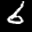
Label: 6